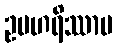
ဥပဟရိဿာမ